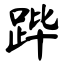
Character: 跸